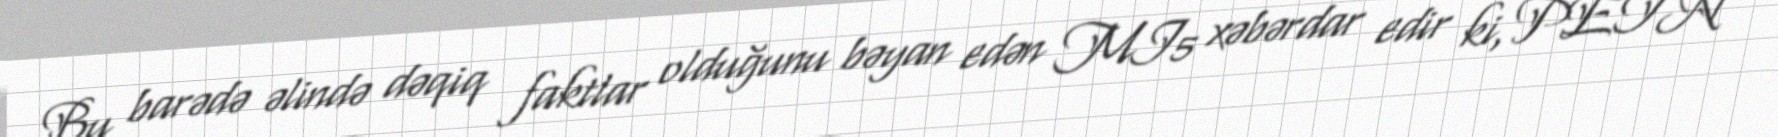
Bu barədə əlində dəqiq faktlar olduğunu bəyan edən MI5 xəbərdar edir ki, PETN